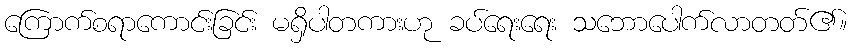
ကြောက်စရာကောင်းခြင်း မရှိပါတကားဟု ခပ်ရေးရေး သဘောပေါက်လာတတ်၏။